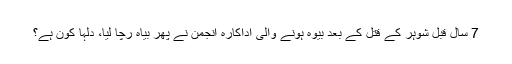
7 سال قبل شوہر کے قتل کے بعد بیوہ ہونے والی اداکارہ انجمن نے پھر بیاہ رچا لیا، دُلہا کون ہے؟